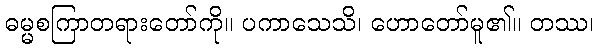
ဓမ္မစကြာတရားတော်ကို။ ပကာသေသိ၊ ဟောတော်မူ၏။ တဿ၊